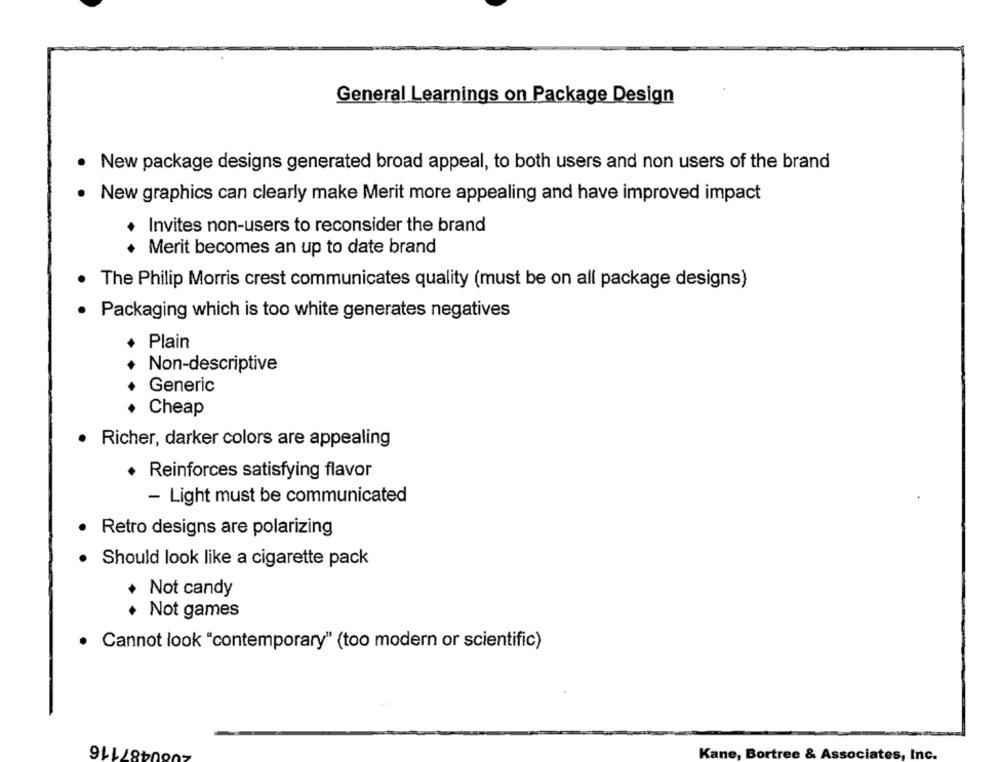
General Learnings on Package Design
New package designs generated broad appeal, to both users and non users of the brand
New graphics can clearly make Merit more appealing and have improved impact
+ Invites non-users to reconsider the brand
Merit becomes an up to date brand
The Philip Morris crest communicates quality (must be on all package designs)
Packaging which is too white generates negatives
Plain
Non-descriptive
Generic
Cheap
Richer, darker colors are appealing
· Reinforces satisfying flavor
- Light must be communicated
Retro designs are polarizing
Should look like a cigarette pack
+ Not candy
+ Not games
· Cannot look "contemporary" (too modern or scientific)
. .
50487116
Kane, Bortree & Associates, Inc.